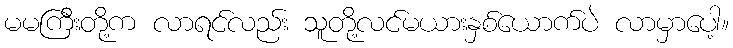
မမကြီးတို့က လာရင်လည်း သူတို့လင်မယားနှစ်ယောက်ပဲ လာမှာပေါ့။